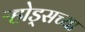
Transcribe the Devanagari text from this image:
ऱ्होड्सच्या